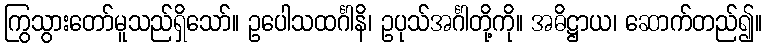
ကြွသွားတော်မူသည်ရှိသော်။ ဥပေါသထင်္ဂါနိ၊ ဥပုသ်အင်္ဂါတို့ကို။ အဓိဋ္ဌာယ၊ ဆောက်တည်၍။